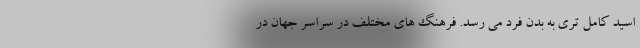
اسید کامل تری به بدن فرد می رسد. فرهنگ های مختلف در سراسر جهان در